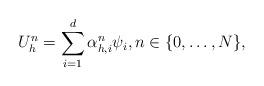
LaTeX: \begin{align*} U^n_h = \sum_{i=1}^{d} \alpha_{h,i}^{n} \psi_i,n\in \{ 0,\dots,N\}, \end{align*}